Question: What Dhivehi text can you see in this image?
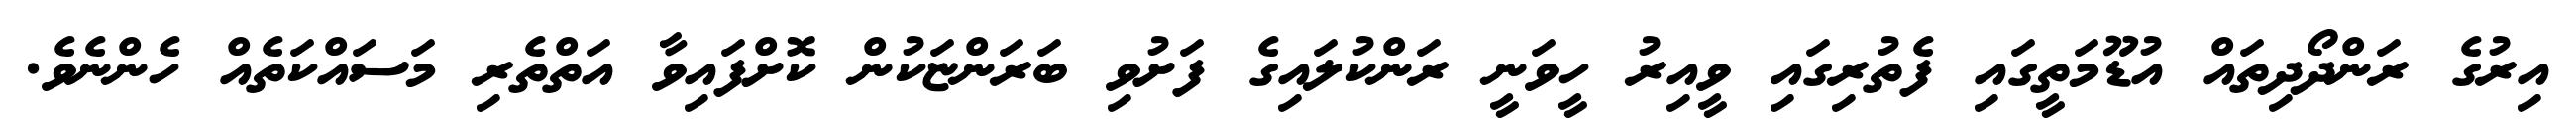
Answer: އިރުގެ ރަންދޯދިތައް އުޑޫމަތީގައި ފެތުރިގައި ވީއިރު ހީވަނީ ރަންކުލައިގެ ފަށުވި ބަރަންޏަކުން ކޮށްފައިވާ އަތްތެރި މަސައްކަތެއް ހެންނެވެ.